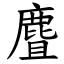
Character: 麆